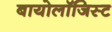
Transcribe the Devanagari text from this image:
बायोलॉजिस्ट